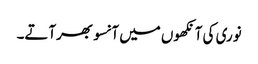
نوری کی آنکھوں میں آنسو بھرآتے۔